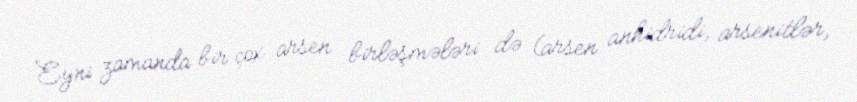
Eyni zamanda bir çox arsen birləşmələri də (arsen anhidridi, arsenitlər,